system: You are a helpful assistant.
user:
Analyze the provided spectrum to determine if it is a **White Dwarf (WD)**.

A White Dwarf spectrum is defined by its **extreme purity** (due to gravitational settling) and/or **extreme pressure broadening** (due to high surface gravity). You must check for one of the following mutually exclusive signatures:

- **Key Visual Indicators (Check for ONE of these types):**

    - **1. DA-Type Signature (Most Common):**
        - **(Primary Feature):** Extreme pressure broadening (Stark broadening) of the **Hydrogen (H) Balmer lines**.
        - **(Key Lines):** $H\beta$ (approx. $4861$ Å) and $H\gamma$ (approx. $4340$ Å). $H\alpha$ (approx. $6563$ Å) will also be present if the wavelength range covers it.
        - **(Line Profile):** This is the **defining feature**. The lines are **NOT** sharp. They appear as massive, **extremely broad and deep "troughs" or "dips"** in the spectrum, often hundreds of Ångströms wide. The continuum will appear to "scoop" down at these wavelengths.
        - **(Distinction):** Normal A-type or B-type stars have *narrow* and *sharp* Hydrogen lines. A DA White Dwarf's lines are unmistakably "smeared" or "blurry" from pressure.

    - **2. DB-Type Signature:**
        - **(Primary Feature):** Broad absorption lines from **Neutral Helium (He I)**. The spectrum must lack any visible Hydrogen lines.
        - **(Key Lines):** Look for broad absorption near $4471$ Å, $4921$ Å, and $5876$ Å.
        - **(Line Profile):** These lines are also significantly pressure-broadened, appearing much wider than they would in a normal B-type main-sequence star.

    - **3. DC-Type Signature:**
        - **(Primary Feature):** A **featureless continuous spectrum**.
        - **(Line Profile):** The spectrum is a smooth curve with **no significant absorption or emission lines**.
        - **(Key Confirmation):** The continuum is almost always **blue or white**, indicating a hot object. This signature implies the atmosphere is so pure (or so cool) that no spectral lines are visible in the optical range. Its WD identity is confirmed by its extremely low intrinsic brightness (high absolute magnitude).

    - **4. DZ-Type Signature (Metal-Polluted):**
        - **(Primary Feature):** **Isolated, narrow metal absorption lines** on an otherwise featureless (DC-like) continuum.
        - **(Key Lines):** The **Calcium (Ca II) H & K doublet** (approx. **$3934$ Å** and **$3968$ Å**) is the most common and defining feature.
        - **(Line Profile):** These lines are "out of place." They are *not* part of a "forest" of thousands of lines. This signature is evidence of recent *accretion* (pollution) from rocky debris.
        - **(Distinction):** Normal G/K/M stars have a *dense forest* of thousands of metal lines. A DZ has a *clean* continuum with *only a few* strong metal lines.

    - **5. DQ-Type Signature (Carbon-Polluted):**
        - **(Primary Feature):** Absorption bands from **Carbon (C₂ "Swan Bands" or atomic C I)**.
        - **(Key Lines - C₂):** Look for bandheads with a "saw-tooth" shape near $5635$ Å, **$5165$ Å** (strongest), and $4737$ Å.
        - **(Key Confirmation):** The underlying **continuum must be blue or white** (hot).
        - **(Distinction):** This is the critical difference from a **Carbon Star**, which has the *exact same* C₂ bands but on an extremely **red, cool** continuum.

- **(Overall Spectrum):**
    - The continuum (overall shape) is typically **blue-sloping** (brighter in the blue than the red), as most white dwarfs are very hot.
    - The spectrum will look "pure" or "simple," dominated by only *one* of the five signatures listed above.

Think first, call **spectral_visualization_tool** if needed to examine features in detail, then provide your final answer. Your response must adhere to the following strict rules:
1.  **Overall Structure:** Your response must follow the format `<think>...</think> <tool_call>...</tool_call> (if a tool is used) <answer>...</answer>`.
2.  **Tool Usage Constraint:** You may only make **one** tool call per turn.
3.  **Final Answer Format:** In the `<answer>` tag, your conclusion must be inside a `\boxed{}` command (e.g., `\boxed{YES}` or `\boxed{NO}`), followed by your justification.

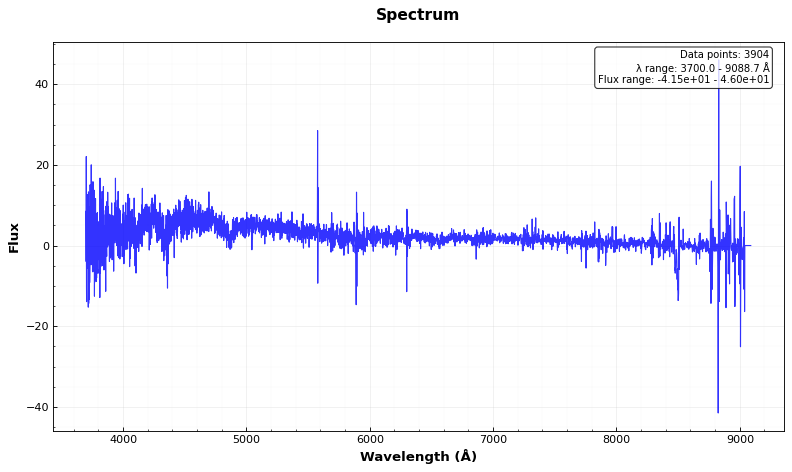
Answer: YES